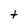
Character: t